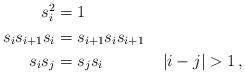
LaTeX: \begin{align*}\begin{aligned}s_i^2 &= 1 && \\s_is_{i+1}s_i &= s_{i+1}s_is_{i+1} && \\s_is_j &= s_js_i && \; |i-j|> 1\,,\end{aligned}\end{align*}